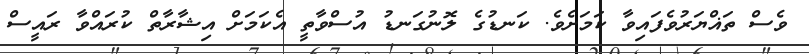
ވެސް ތަޣްޔަރުވެފައިވާ ކަމަށެވެ. ކަނޑުގެ ލޮނުގަނޑު އުސްވާތީ އެކަމަށް އިޝާރާތް ކުރައްވާ ރައީސް